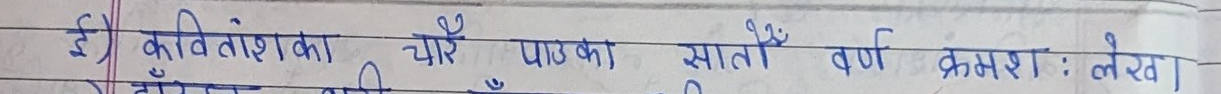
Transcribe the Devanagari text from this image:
ई) कवितांशका चौथे पाउका सातों वर्ण क्रमशः लेखक